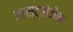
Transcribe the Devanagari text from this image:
आस्ट्रोजेन